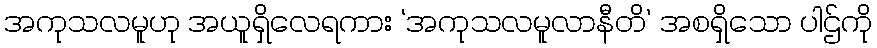
အကုသလမူဟု အယူရှိလေရကား ‘အကုသလမူလာနီတိ’ အစရှိသော ပါဌ်ကို